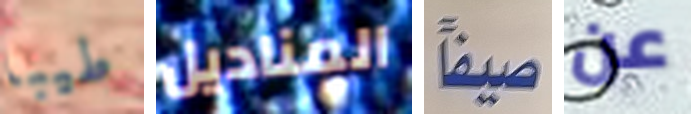
طيبا المناديل صيفاً عن